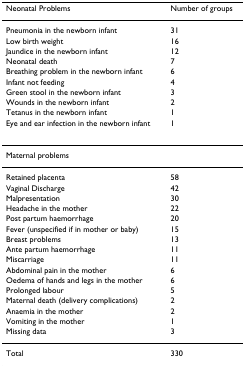
<table><thead><tr><td><b>Neonatal Problems</b></td><td><b>Number of groups</b></td></tr></thead><tbody><tr><td>Pneumonia in the newborn infant</td><td>31</td></tr><tr><td>Low birth weight</td><td>16</td></tr><tr><td>Jaundice in the newborn infant</td><td>12</td></tr><tr><td>Neonatal death</td><td>7</td></tr><tr><td>Breathing problem in the newborn infant</td><td>6</td></tr><tr><td>Infant not feeding</td><td>4</td></tr><tr><td>Green stool in the newborn infant</td><td>3</td></tr><tr><td>Wounds in the newborn infant</td><td>2</td></tr><tr><td>Tetanus in the newborn infant</td><td>1</td></tr><tr><td>Eye and ear infection in the newborn infant</td><td>1</td></tr><tr><td>Maternal problems</td><td></td></tr><tr><td>Retained placenta</td><td>58</td></tr><tr><td>Vaginal Discharge</td><td>42</td></tr><tr><td>Malpresentation</td><td>30</td></tr><tr><td>Headache in the mother</td><td>22</td></tr><tr><td>Post partum haemorrhage</td><td>20</td></tr><tr><td>Fever (unspecified if in mother or baby)</td><td>15</td></tr><tr><td>Breast problems</td><td>13</td></tr><tr><td>Ante partum haemorrhage</td><td>11</td></tr><tr><td>Miscarriage</td><td>11</td></tr><tr><td>Abdominal pain in the mother</td><td>6</td></tr><tr><td>Oedema of hands and legs in the mother</td><td>6</td></tr><tr><td>Prolonged labour</td><td>5</td></tr><tr><td>Maternal death (delivery complications)</td><td>2</td></tr><tr><td>Anaemia in the mother</td><td>2</td></tr><tr><td>Vomiting in the mother</td><td>1</td></tr><tr><td>Missing data</td><td>3</td></tr><tr><td>Total</td><td>330</td></tr></tbody></table>